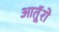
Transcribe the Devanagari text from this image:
आतूॅरो